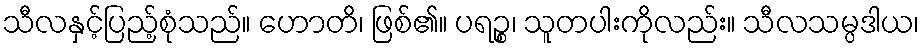
သီလနှင့်ပြည့်စုံသည်။ ဟောတိ၊ ဖြစ်၏။ ပရဉ္စ၊ သူတပါးကိုလည်း။ သီလသမ္ပဒါယ၊